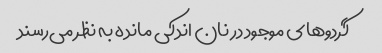
گردوهای موجود در نان اندکی مانده به نظر می‌رسند